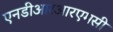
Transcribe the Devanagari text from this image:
एनडीआरआरएमसी